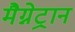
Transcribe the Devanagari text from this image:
मैग्नेट्रान